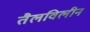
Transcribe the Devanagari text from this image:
तैलविलीन